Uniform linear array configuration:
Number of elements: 32
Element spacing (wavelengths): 0.25
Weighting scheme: uniform
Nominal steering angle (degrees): -60
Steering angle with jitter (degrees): -58.93
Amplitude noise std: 0.05
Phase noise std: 0.05

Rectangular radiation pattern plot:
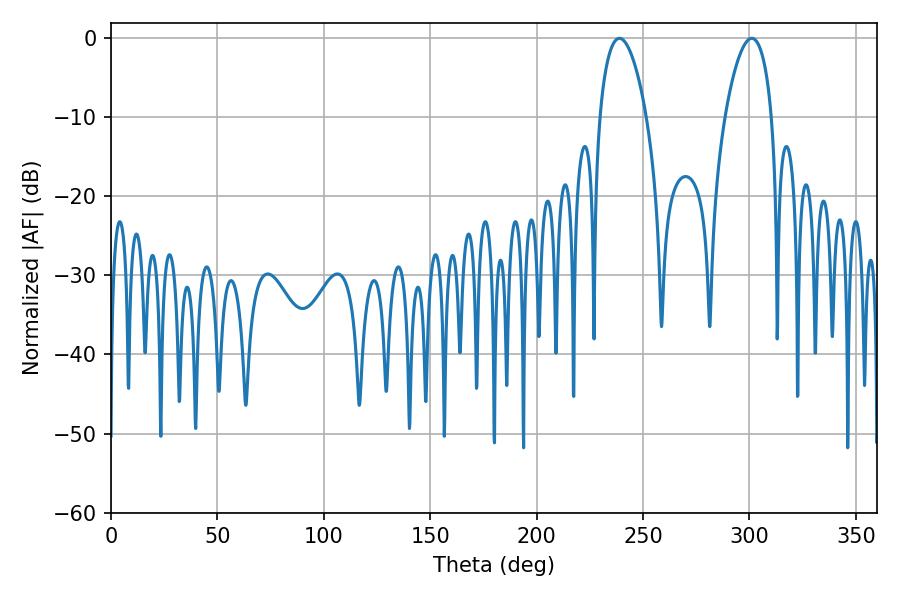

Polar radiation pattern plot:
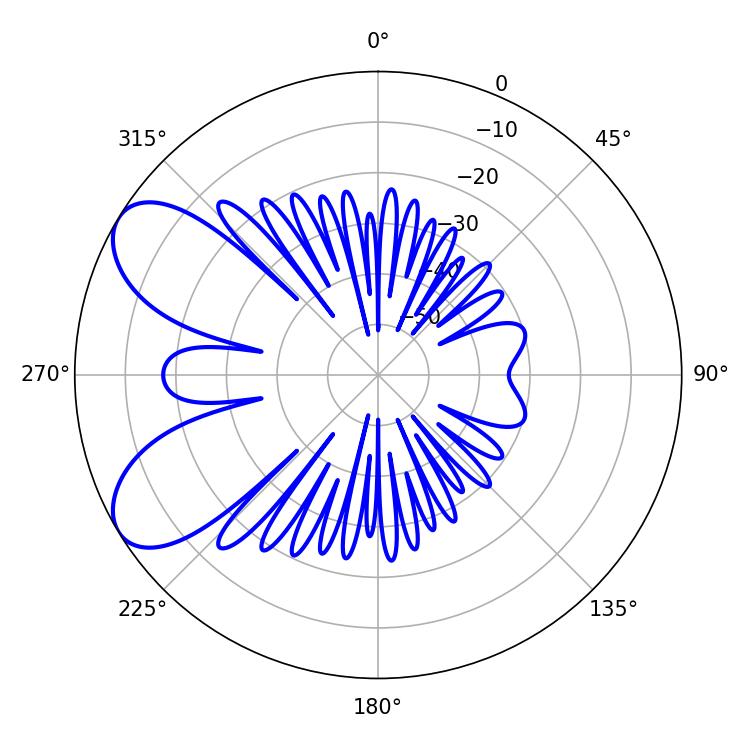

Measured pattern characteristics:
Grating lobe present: FALSE
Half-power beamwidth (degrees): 12.42
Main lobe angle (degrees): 238.86